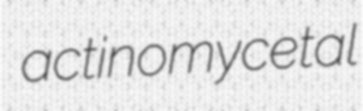
actinomycetal